Annual statistical returns and brief notes on vaccination in Bengal - 1896-1909
Year: 1896
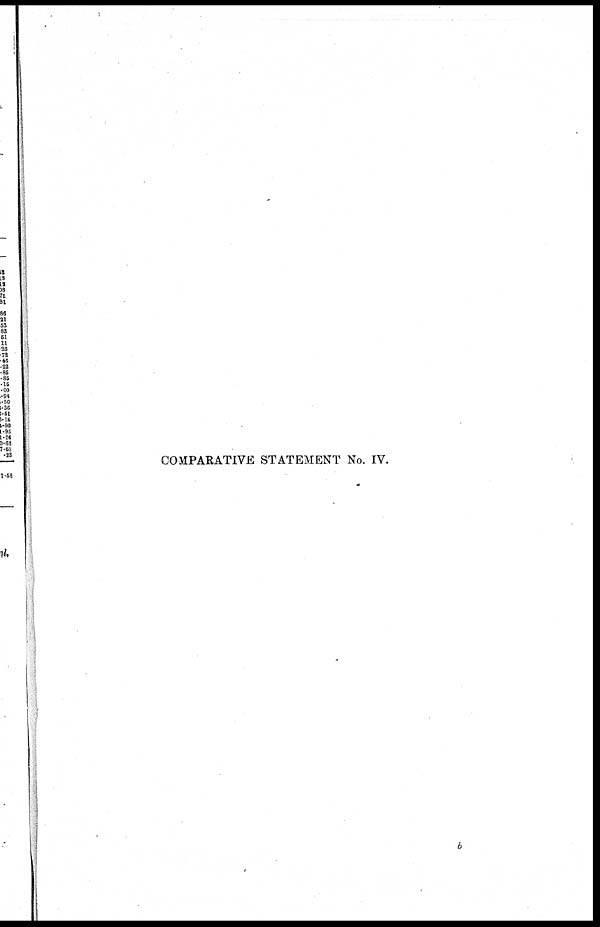
COMPARATIVE STATEMENT No. IV.
b